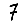
Digit: 7